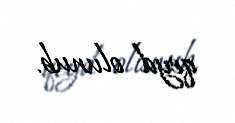
qeyd olunub.